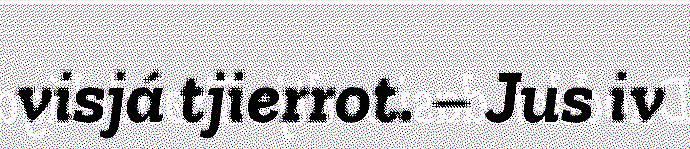
visjá tjierrot. – Jus iv